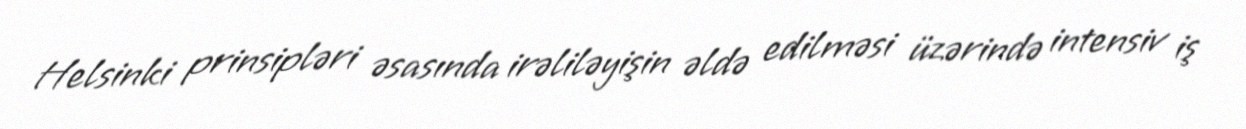
Helsinki prinsipləri əsasında irəliləyişin əldə edilməsi üzərində intensiv iş